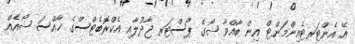
އޭ އެންޓަރޓެއިންމަންޓް އިން ބާއްވާ ޝޯގެ ޕޯސްޓަރ ޖާދުލާއި އެކްރޮބެޓްސްގެ ޚާއްސަ ޝޯއެއް